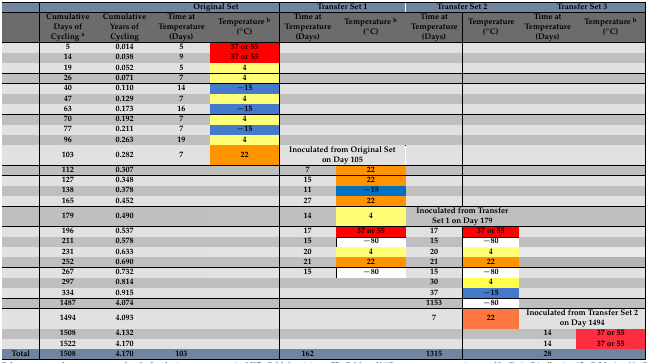
<table><thead><tr><td></td><td></td><td></td><td colspan="2"><b>Original Set</b></td><td colspan="2"><b>Transfer Set 1</b></td><td colspan="2"><b>Transfer Set 2</b></td><td colspan="2"><b>Transfer Set 3</b></td></tr><tr><td></td><td><b>Cumulative Days of Cycling <sup>a</sup></b></td><td><b>Cumulative Years of Cycling</b></td><td><b>Time at Temperature (Days)</b></td><td><b>Temperature <sup>b</sup> (°C)</b></td><td><b>Time at Temperature (Days)</b></td><td><b>Temperature <sup>b</sup> (°C)</b></td><td><b>Time at Temperature (Days)</b></td><td><b>Temperature (°C)</b></td><td><b>Time at Temperature (Days)</b></td><td><b>Temperature <sup>b</sup> (°C)</b></td></tr></thead><tbody><tr><td></td><td><b>5</b></td><td><b>0.014</b></td><td><b>5</b></td><td><b>37 or 55</b></td><td></td><td></td><td></td><td></td><td></td><td></td></tr><tr><td></td><td><b>14</b></td><td><b>0.038</b></td><td><b>9</b></td><td><b>37 or 55</b></td><td></td><td></td><td></td><td></td><td></td><td></td></tr><tr><td></td><td><b>19</b></td><td><b>0.052</b></td><td><b>5</b></td><td><b>4</b></td><td></td><td></td><td></td><td></td><td></td><td></td></tr><tr><td></td><td><b>26</b></td><td><b>0.071</b></td><td><b>7</b></td><td><b>4</b></td><td></td><td></td><td></td><td></td><td></td><td></td></tr><tr><td></td><td><b>40</b></td><td><b>0.110</b></td><td><b>14</b></td><td><b>−15</b></td><td></td><td></td><td></td><td></td><td></td><td></td></tr><tr><td></td><td><b>47</b></td><td><b>0.129</b></td><td><b>7</b></td><td><b>4</b></td><td></td><td></td><td></td><td></td><td></td><td></td></tr><tr><td></td><td><b>63</b></td><td><b>0.173</b></td><td><b>16</b></td><td><b>−15</b></td><td></td><td></td><td></td><td></td><td></td><td></td></tr><tr><td></td><td><b>70</b></td><td><b>0.192</b></td><td><b>7</b></td><td><b>4</b></td><td></td><td></td><td></td><td></td><td></td><td></td></tr><tr><td></td><td><b>77</b></td><td><b>0.211</b></td><td><b>7</b></td><td><b>−15</b></td><td></td><td></td><td></td><td></td><td></td><td></td></tr><tr><td></td><td><b>96</b></td><td><b>0.263</b></td><td><b>19</b></td><td><b>4</b></td><td></td><td></td><td></td><td></td><td></td><td></td></tr><tr><td></td><td><b>103</b></td><td><b>0.282</b></td><td><b>7</b></td><td><b>22</b></td><td colspan="2"><b>Inoculated from Original Set on Day 105</b></td><td></td><td></td><td></td><td></td></tr><tr><td></td><td><b>112</b></td><td><b>0.307</b></td><td></td><td></td><td><b>7</b></td><td><b>22</b></td><td></td><td></td><td></td><td></td></tr><tr><td></td><td><b>127</b></td><td><b>0.348</b></td><td></td><td></td><td><b>15</b></td><td><b>22</b></td><td></td><td></td><td></td><td></td></tr><tr><td></td><td><b>138</b></td><td><b>0.378</b></td><td></td><td></td><td><b>11</b></td><td><b>−15</b></td><td></td><td></td><td></td><td></td></tr><tr><td></td><td><b>165</b></td><td><b>0.452</b></td><td></td><td></td><td><b>27</b></td><td><b>22</b></td><td></td><td></td><td></td><td></td></tr><tr><td></td><td><b>179</b></td><td><b>0.490</b></td><td></td><td></td><td><b>14</b></td><td><b>4</b></td><td colspan="2"><b>Inoculated from Transfer Set 1 on Day 179</b></td><td></td><td></td></tr><tr><td></td><td><b>196</b></td><td><b>0.537</b></td><td></td><td></td><td><b>17</b></td><td><b>37 or 55</b></td><td><b>17</b></td><td><b>37 or 55</b></td><td></td><td></td></tr><tr><td></td><td><b>211</b></td><td><b>0.578</b></td><td></td><td></td><td><b>15</b></td><td><b>−80</b></td><td><b>15</b></td><td><b>−80</b></td><td></td><td></td></tr><tr><td></td><td><b>231</b></td><td><b>0.633</b></td><td></td><td></td><td><b>20</b></td><td><b>4</b></td><td><b>20</b></td><td><b>4</b></td><td></td><td></td></tr><tr><td></td><td><b>252</b></td><td><b>0.690</b></td><td></td><td></td><td><b>21</b></td><td><b>22</b></td><td><b>21</b></td><td><b>22</b></td><td></td><td></td></tr><tr><td></td><td><b>267</b></td><td><b>0.732</b></td><td></td><td></td><td><b>15</b></td><td><b>−80</b></td><td><b>15</b></td><td><b>−80</b></td><td></td><td></td></tr><tr><td></td><td><b>297</b></td><td><b>0.814</b></td><td></td><td></td><td></td><td></td><td><b>30</b></td><td><b>4</b></td><td></td><td></td></tr><tr><td></td><td><b>334</b></td><td><b>0.915</b></td><td></td><td></td><td></td><td></td><td><b>37</b></td><td><b>−15</b></td><td></td><td></td></tr><tr><td></td><td><b>1487</b></td><td><b>4.074</b></td><td></td><td></td><td></td><td></td><td><b>1153</b></td><td><b>−80</b></td><td></td><td></td></tr><tr><td></td><td><b>1494</b></td><td><b>4.093</b></td><td></td><td></td><td></td><td></td><td><b>7</b></td><td><b>22</b></td><td colspan="2"><b>Inoculated from Transfer Set 2 on Day 1494</b></td></tr><tr><td></td><td><b>1508</b></td><td><b>4.132</b></td><td></td><td></td><td></td><td></td><td></td><td></td><td><b>14</b></td><td><b>37 or 55</b></td></tr><tr><td></td><td><b>1522</b></td><td><b>4.170</b></td><td></td><td></td><td></td><td></td><td></td><td></td><td><b>14</b></td><td><b>37 or 55</b></td></tr><tr><td><b>Total</b></td><td><b>1508</b></td><td><b>4.170</b></td><td><b>103</b></td><td></td><td><b>162</b></td><td></td><td><b>1315</b></td><td></td><td><b>28</b></td><td></td></tr></tbody></table>